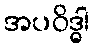
အပဝိဒ္ဓါ